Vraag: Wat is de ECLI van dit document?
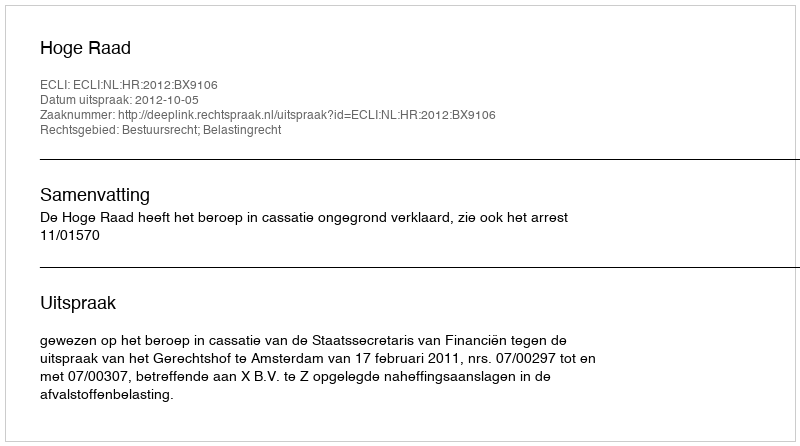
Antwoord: ECLI:NL:HR:2012:BX9106